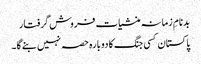
بدنامِ زمانہ منشیات فروش گرفتار
پاکستان کسی جنگ کا دوبارہ حصہ نہیں بنے گا۔